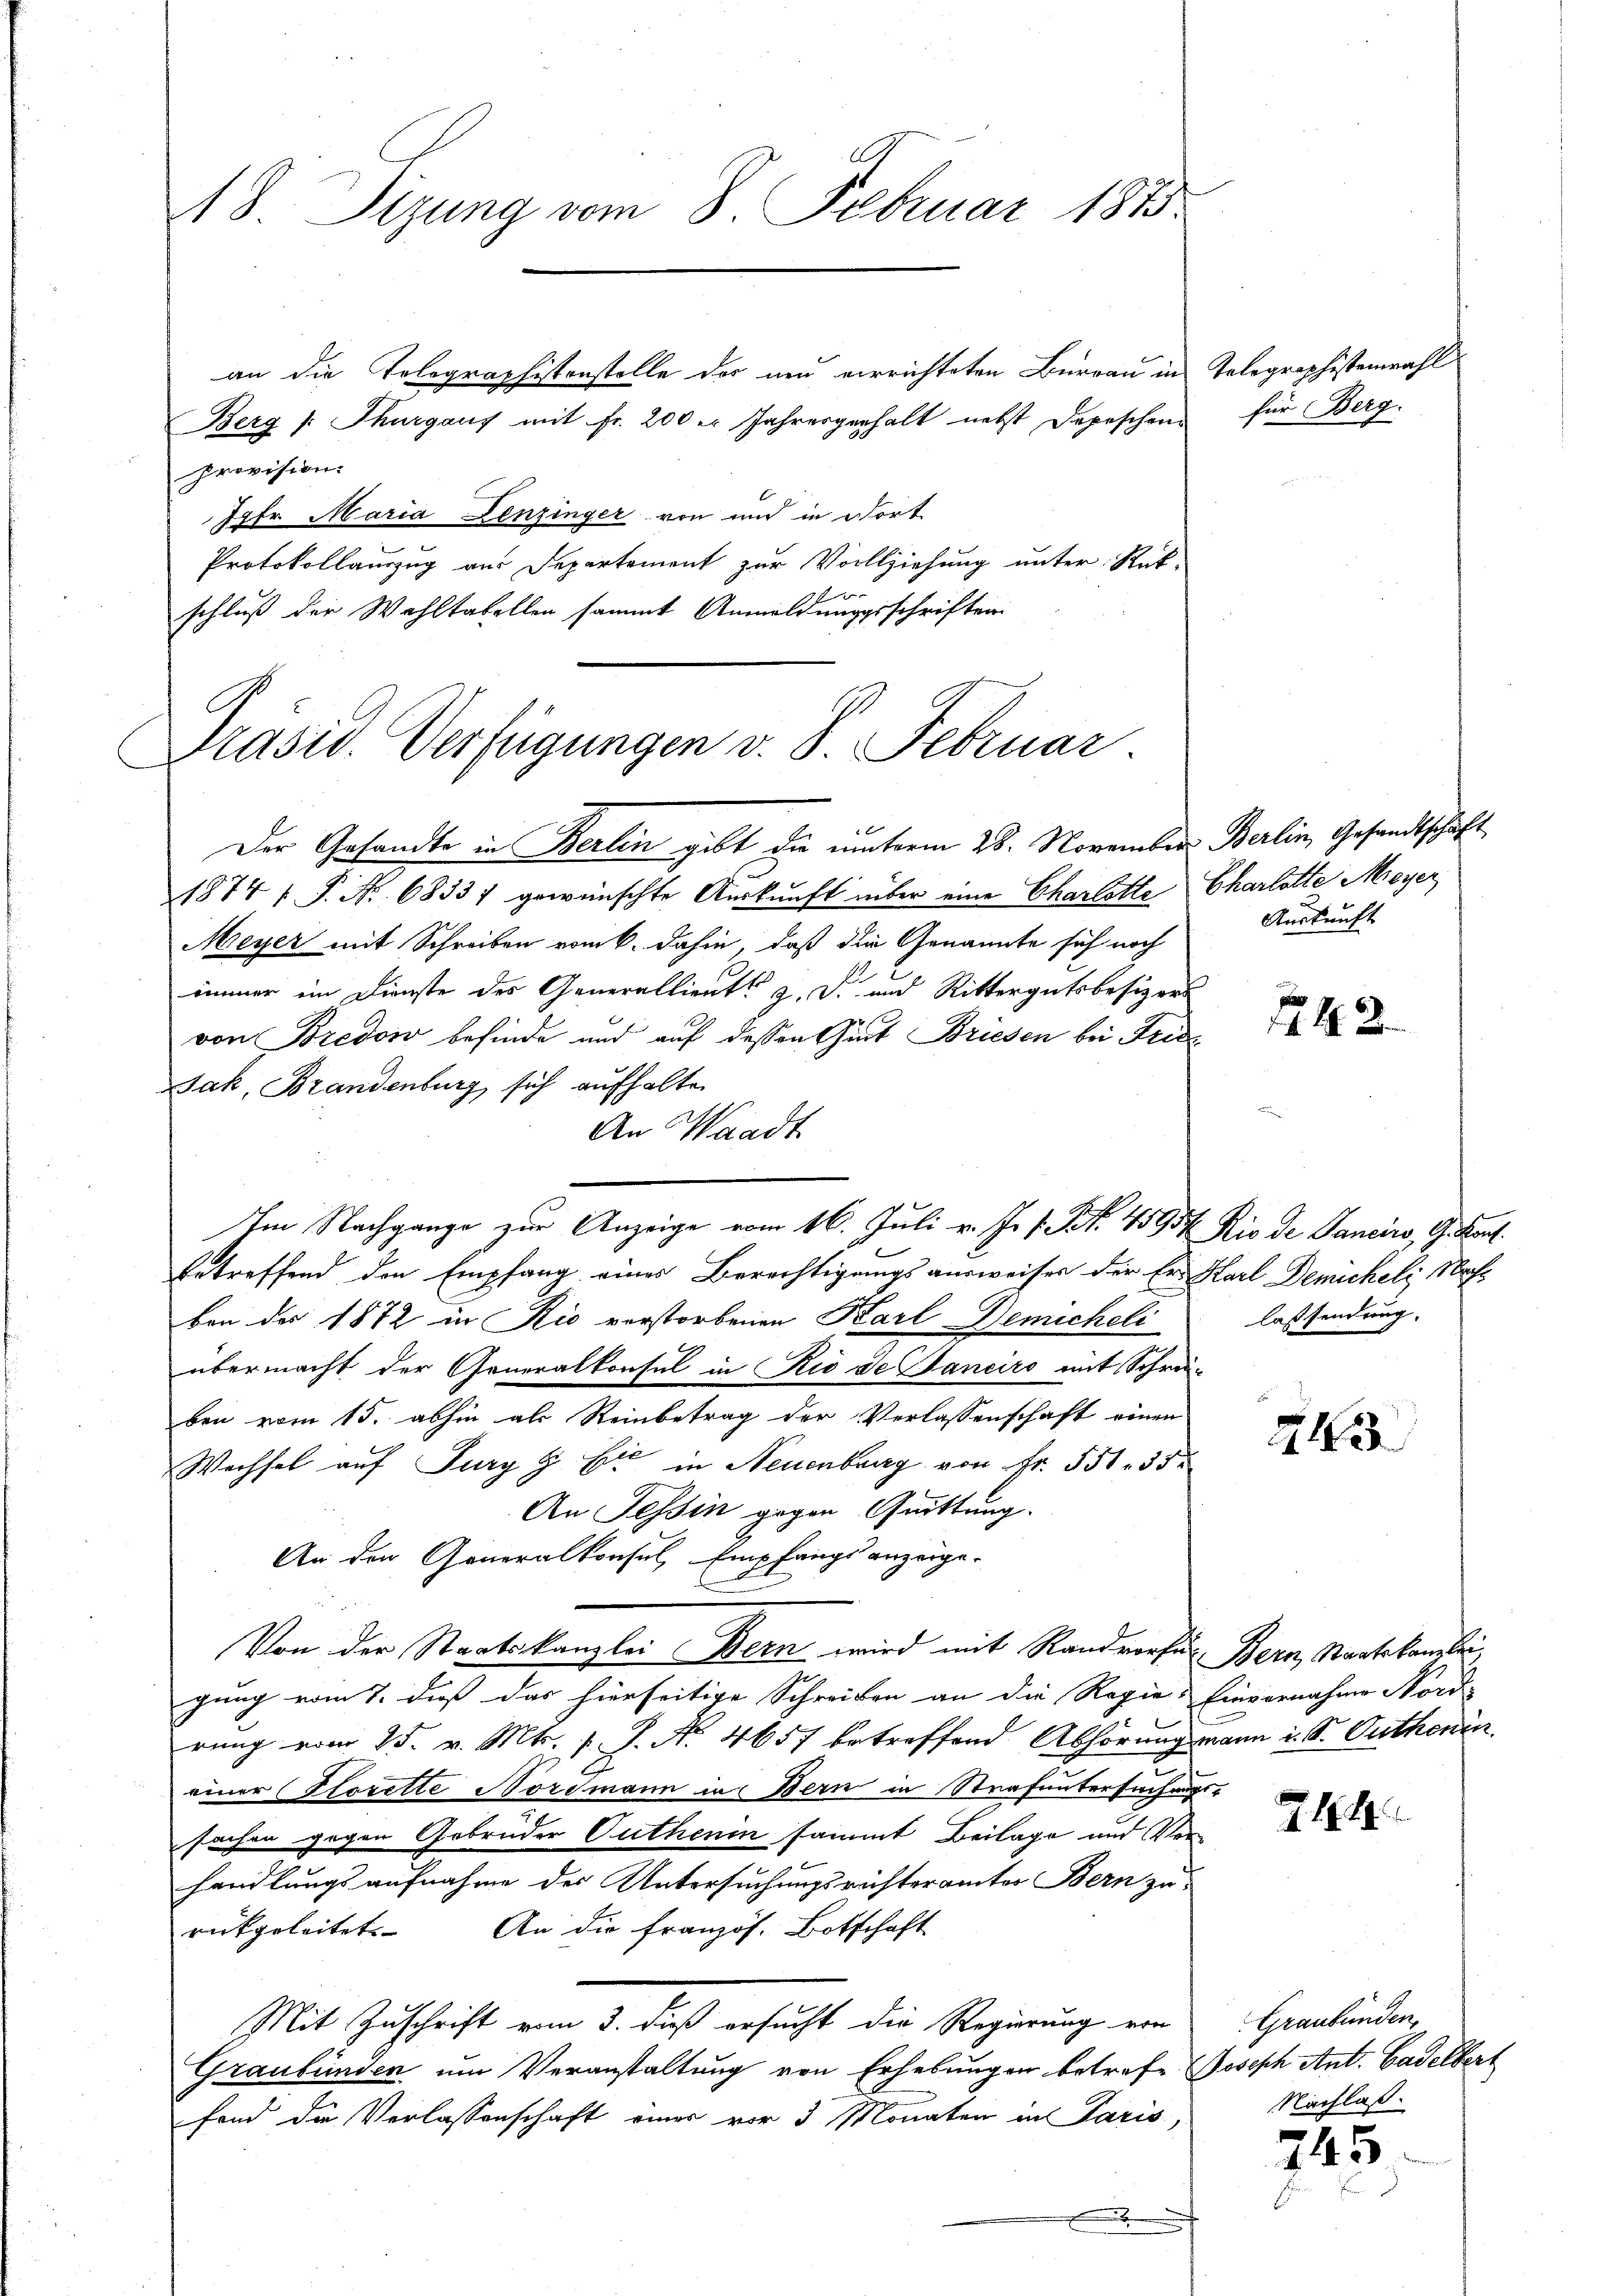
18. Sitzung vom 8. Februar 1875.

an die Tolographistenstelle der neu verrichteten Burrau in Telegraphistenwahl
Berg /: Thurgaus mit Fr. 200 er Jahresgerhalt nebst Depeschen
provision.
Jgfr. Maria Lenzinger von und in dort
Protokollauszug aus Departement zur Vollziehung unter Rück-
1 f 0 x
schluß der Wahltabellen sammt Anmeldungsschriften
Der Gesandte in Berlin gibt die unterm 28. November Berlin, Gesandtschäft
1874 1 P. Nr. 6833) gewünschte Auskunft über eine Charlotte Charlotte Meyer,
Meyer mit Schreiben vom 6. dahin, daß die Genannte sich noch
immer im Dienste des Generallieute z. B. und Rittergutsbesizers
von Bredow befinde und auf dessen Gut Briesen bei Frie¬
Jak, Brandenburg sich aufhalten
An Waadt
Im Nachgange zur Anzeige vom 16. Juli v. J. P. Nr. 45934/ Rio de Panciro, G. Porf.
Ertreffend den Empfang eines Berechtigungsausweiser der Er. Karl Demicheli, Nachben des 1872 in Rio vorstorbenen Karl Demicheli
übermacht der Generalkonsul in Rio de Sanciro mit Schrei-
ben vom 15. abhin als Reinbetrag der Verlassenschaft einen
Wechsel auf Jury H. Er in Neuenburg von Fr. 551. 35
An Tessin gegen Quittung.
An den Generalkonsul, Empfangsanzeige-
Von der Staatskanzlei Bern wird mit Randverfer Bern, Staatskanzlei
gung vom 7. dieß das hierseitige Schreiben an die Regies Einvernahme Nords
rung vom 25. v. Mts. v. J. Nr. 4657 betreffend Abhörung mann u. S. Guthenin
einer Storette Nordmann in Bern in Strafuntersuchung
sachen gegen Gebrüder Guthenin sammt Beilage und Ver
handlungsaufnahme des Untersuchungsrichteramter Bern zu
An die französ. Botschaft
rückgeleitet
Mit Zuschrift vom 3. daß ersucht die Regierung von
Graubünden um Veranstaltung von Erhebungen betrefe. Joseph Ant. Gadelbert
fond die Verlassenschaft eines vor 3 Monaten in Paris
.

Präsid. Verfügungen v. 8. Februar

für Berg.

Auskunft

1242

lassendung.

213

214

745

Graubünden,
Nachlaß.